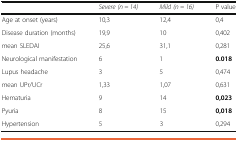
|  | Severe (n = 14) | Mild (n = 16) | P value |
 | --- | --- | --- | --- |
 | Age at onset (years) | 10,3 | 12,4 | 0,4 |
 | Disease duration (months) | 19,9 | 10 | 0,402 |
 | mean SLEDAI | 25,6 | 31,1 | 0,281 |
 | Neurological manifestation | 6 | 1 | 0.018 |
 | Lupus headache | 3 | 5 | 0,474 |
 | mean UPr/UCr | 1,33 | 1,07 | 0,631 |
 | Hematuria | 9 | 14 | 0,023 |
 | Pyuria | 8 | 15 | 0,018 |
 | Hypertension | 5 | 3 | 0,294 |